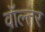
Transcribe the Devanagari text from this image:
वॉल्तर